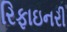
રિફાઇનરી